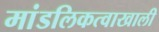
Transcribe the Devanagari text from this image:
मांडलिकत्वाखाली